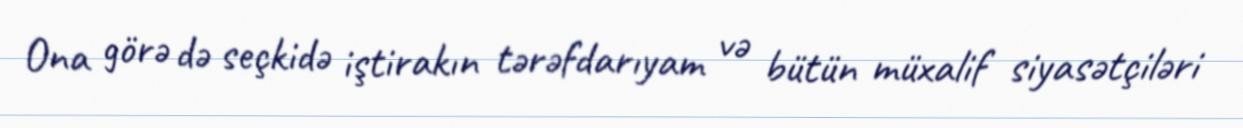
Ona görə də seçkidə iştirakın tərəfdarıyam və bütün müxalif siyasətçiləri